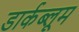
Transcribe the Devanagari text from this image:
डार्कब्लूम